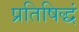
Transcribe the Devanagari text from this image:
प्रतिषिद्धं